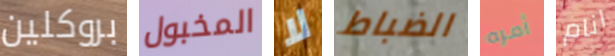
بروكلين المخبول لا الضباط أمره انام